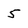
Character: 5